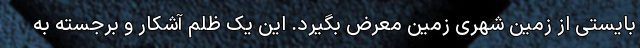
بایستی از زمین شهری زمین معرض بگیرد. این یک ظلم آشکار و برجسته به